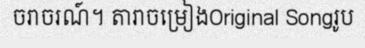
ចរាចរណ៍។ តារាចម្រៀងOriginal Songរូប